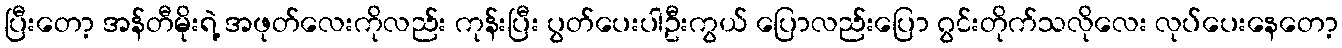
ပြီးတော့ အန်တီမိုးရဲ့ အဖုတ်လေးကိုလည်း ကုန်းပြီး ပွတ်ပေးပါဦးကွယ် ပြောလည်းပြော ဂွင်းတိုက်သလိုလေး လုပ်ပေးနေတော့